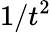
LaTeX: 1/t^{2}